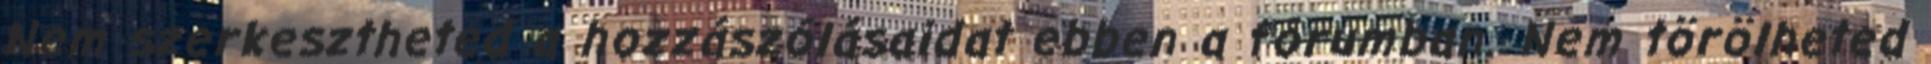
Nem szerkesztheted a hozzászólásaidat ebben a fórumban. Nem törölheted